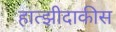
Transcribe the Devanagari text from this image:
हात्झीदाकीस